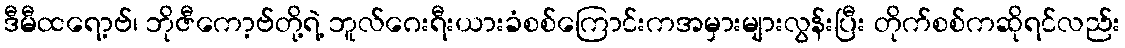
ဒီမီထရော့ဗ်၊ ဘိုဇီကော့ဗ်တို့ရဲ့ ဘူလ်ဂေးရီးယားခံစစ်ကြောင်းကအမှားများလွန်းပြီး တိုက်စစ်ကဆိုရင်လည်း